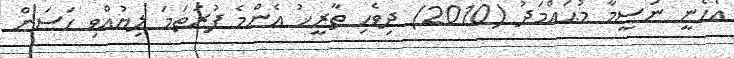
އެހެނީ ނަސީމާ މުޙައްމަދު (2010) ދިވެހި ތާރީޚު އެންމެ ފުރަތަމަ ލިޔުއްވި ހަސަން